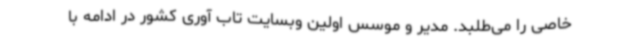
خاصی را می‌طلبد. مدیر و موسس اولین وبسایت تاب آوری کشور در ادامه با